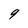
Character: 9